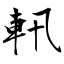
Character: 軐